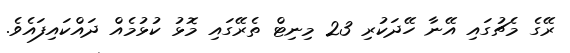
ރޭގެ މެޗުގައި އޭނާ ހޭދަކުރި 23 މިނިޓް ތެރޭގައި މޮޅު ކުޅުމެއް ދައްކައިފައެވެ.